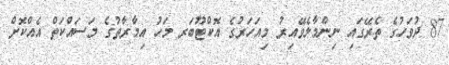
87 ދުވަހުގެ ތެރޭގައި ނިންމާލެވޭއިރު މިއަހަރުގެ އޮކްޓޫބަރ މަހު އިމާރާތުގެ މަސައްކަތް އެއްކޮށް